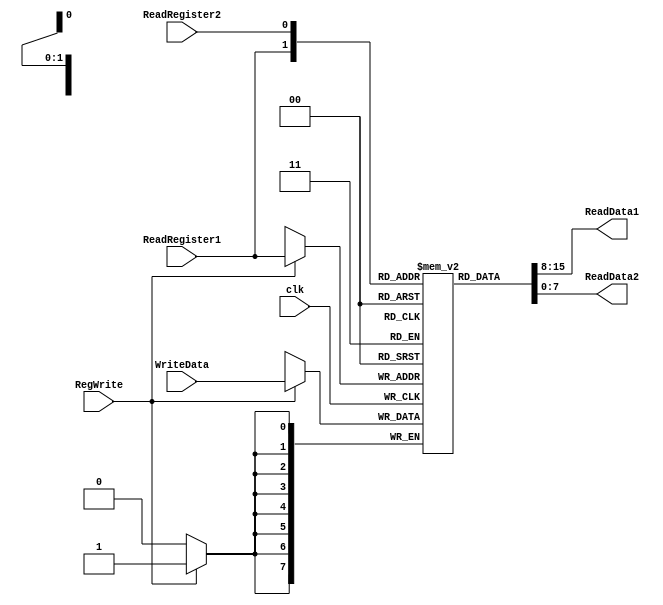
`timescale 1ns / 1ps
module RegisterFile(clk, RegWrite, ReadRegister1, ReadRegister2, WriteData, ReadData1, ReadData2);

	input clk;
	input RegWrite;
	
	input [1:1] ReadRegister1, ReadRegister2;
	input [7:0] WriteData;
		
	output [7:0] ReadData1, ReadData2;
	
	reg [7:0] memory [0:1];
	initial begin
		memory[0] = 8'b00000010;
		memory[1] = 8'b00001000;
		
	end
	always @(posedge clk) begin
		if (RegWrite == 1)
			memory[ReadRegister1] = WriteData;
	end	
	assign ReadData1 = memory[ReadRegister1];
	assign ReadData2 = memory[ReadRegister2];
	
	
endmodule